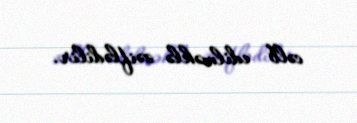
cəlb edilməklə zəiflədilir.